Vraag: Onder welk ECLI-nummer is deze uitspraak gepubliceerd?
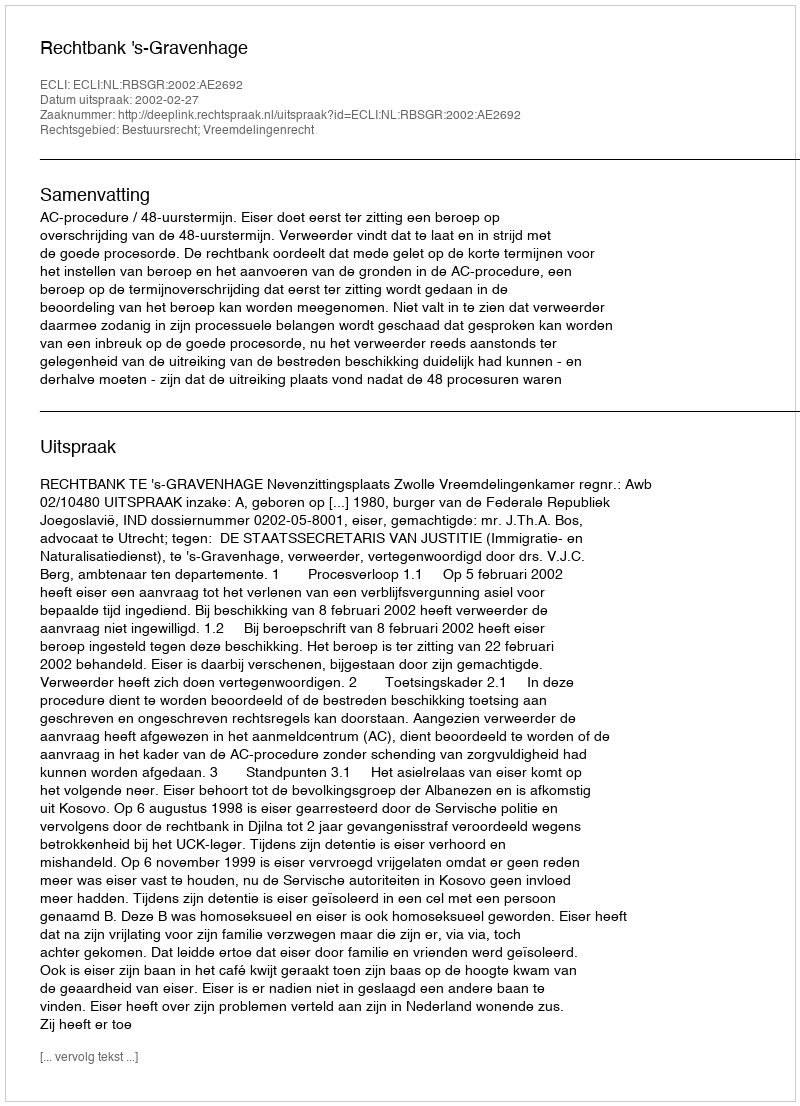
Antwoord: ECLI:NL:RBSGR:2002:AE2692